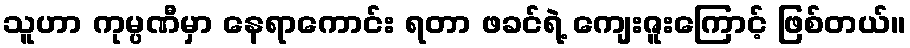
သူဟာ ကုမ္ပဏီမှာ နေရာကောင်း ရတာ ဖခင်ရဲ့ ကျေးဇူးကြောင့် ဖြစ်တယ်။